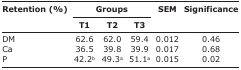
| <ROWSPAN=3> Retention (%) | <COLSPAN=3> Groups | <ROWSPAN=3> SEM | <ROWSPAN=3> Significance |
 | T1 | T2 | T3 |
 | --- | --- | --- | --- | --- | --- |
 | DM | 62.6 | 62.0 | 59.4 | 0.012 | 0.46 |
 | Ca | 36.5 | 39.8 | 39.9 | 0.017 | 0.68 |
 | P | 42.2b | 49.3a | 51.1a | 0.015 | 0.02 |